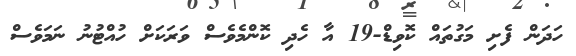
ހަދަން ފެށި މަގުތައް ކޮވިޑް-19 އާ ހެދި ކޮންމެވެސް ވަރަކަށް ހުއްޓުނު ނަމަވެސް